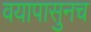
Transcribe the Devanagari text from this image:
वयापासुनच